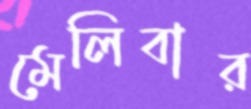
মেলিবার